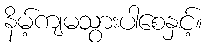
နိမ့်ကျမသွားပါစေနှင့်။